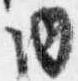
内